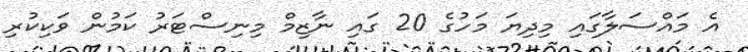
އެ މައްސަލާގައި މިދިޔަ މަހުގެ 20 ގައި ނާޒިމް މިނިސްޓަރު ކަމުން ވަކިކުރި